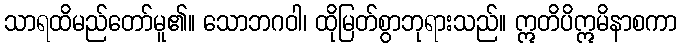
သာရထိမည်တော်မူ၏။ သောဘဂဝါ၊ ထိုမြတ်စွာဘုရားသည်။ ဣတိပိဣမိနာစကာ